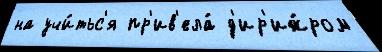
на учи́тьс'я пр'ив'ела́ д'ир'иж́ром